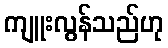
ကျူးလွန်သည်ဟု